Leaving Certificate Examination, 1906
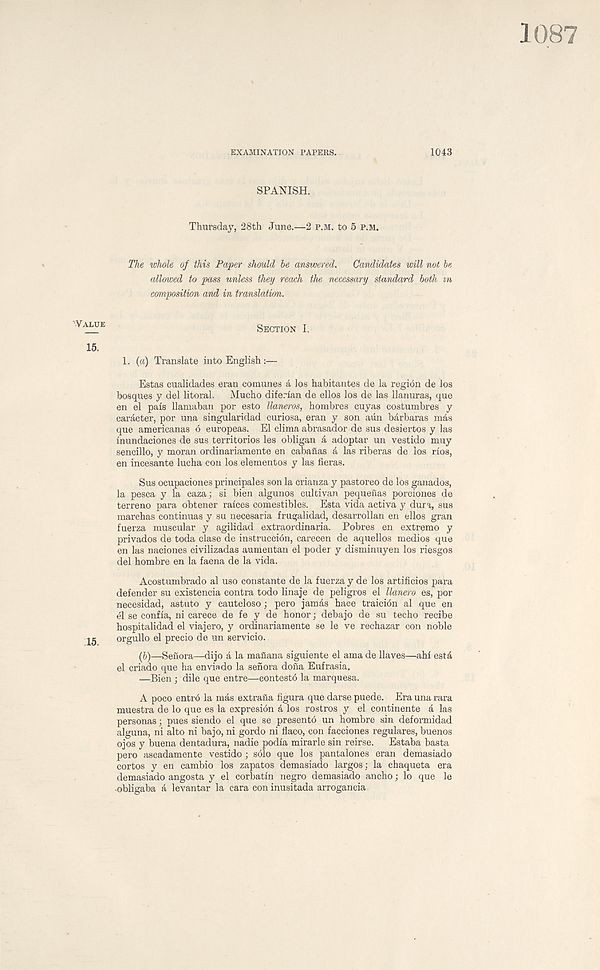
1087
EXAMINATION PAPERS.
1043
SPANISH.
Thursday, 28th June.—2 P.M. to 5 P.M.
The whole of this Paper should he answered. Candidates will not he
allowed to pass unless they reach the necessary standa/rd hath in
composition and in translation.
'Value
Section I.
15. 1. (a) Translate into English :—
Estas eualidades eran comunes a los habitantes de la region de los
bosques y del litoral. Mucho diferian de ellos los de las llanuras, que
en el pals llamaban por esto llaneros, hombres cuyas costumbres y
caracter, por una singularidad curiosa, eran y son aun barbaras mas
que americanas 6 europeas. El clima abrasador de sus desiertos y las
inundaciones de sus territories les obligan a adoptar un vestido muy
sencillo, y moran ordinariamente en cabaiTas a las riberas de ios rios,
en incesante lucha eon los elementos y las fieras.
Sus ocupaciones principales son la crianza y pastoreo de los ganados,
la pesca y la eaza; si bien algunos cultivan pequenas porciones de
terreno para obtener ralces comestibles. Esta vida activa y dura, sus
marchas continuas y su necesaria frugalidad, desarrollan en ellos gran
fuerza muscular y agilidad extraordinaria. Pobres en extreme y
privados de toda clase de instruccion, carecen de aquellos medios que
en las naciones civilizadas aumentan el poder y disminuyen los riesgos
del hombre en la faena de la vida.
Acostumbrado al uso constante de la fuerza y de los artificios para
defender su existencia contra todo linaje de peligros el llanero es, por
necesidad, astuto y cauteloso; pero jamas hace traicion al que en
el se confla, ni carece de fe y de honor; debajo de su techo recibe
hospitalidad el viajero, y ordinariamente se le ve rechazar con noble
orgullo el precio do un servicio.
(b)—Senora—dijo a la maflana siguiente el ama de Haves—ahf esta
el criado que ha enviado la senora dona Eufrasia,
—Bien ; dile que entre—contestb la marquesa.
A poco entro la mas extrafia figura que darse puede. Era una rara
muestra de lo que es la expresion a los rostros y el continente a las
personas; pues siendo el que se presento un hombre sin deformidad
alguna, ni alto ni bajo, ni gordo ni flaco, con facciones regulares, buenos
ojos y buena dentadura, nadie podia mirarle sin reirse. Estaba basta
pero aseadamente vestido ; solo que los pantalones eran demasiado
cortos y en cambio los zapatos demasiado largos: la chaqueta era
demasiado angosta y el corbatin negro demasiado ancho; lo que le
obligaba a levantar la cara con inusitada arrogancia